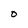
Character: D